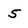
Character: 5